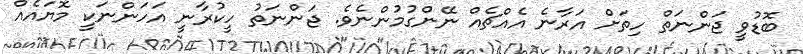
ބޮޑުވީ ޖަންނަތް ހިތަށް އަރާނެ އެއްޗެއް ނޭންގުމުންނެވެ. ޖަންނަތު ހީކުރާނީ އަހަންނަކީ މޮޔައެއް